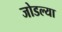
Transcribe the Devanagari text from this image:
जोडल्‍या